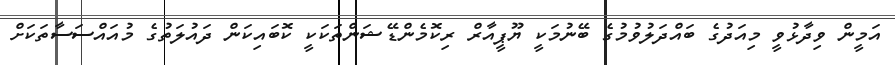
އަމީން ވިދާޅުވީ މިއަދުގެ ބައްދަލުވުމުގެ ބޭނުމަކީ ޔޫޕީއާރް ރިކޮމެންޑޭޝަންތަކަކީ ކޮބައިކަން ދައުލަތުގެ މުއައްސަސާތަކަށް